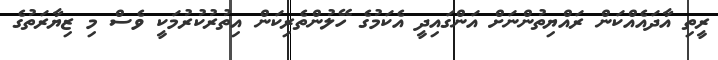
ރީތި އާދައެއްކަން ރައްޔިތުންނަށް އަންގައިދީ އެކަމުގެ ހޭލުންތެރިކަން އިތުރުކުރުމަކީ ވެސް މި ޒިޔާރަތުގެ